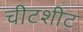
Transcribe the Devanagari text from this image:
चीटशीट